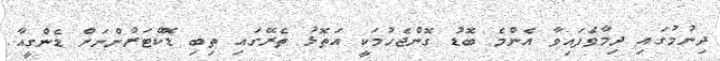
ދިނުމުގައި ދިމާވެފައިވާ އެންމެ ބޮޑު ގޮންޖެހުމަކީ އަތޮޅު ތެރޭގައި ތިބި ޑޮކްޓަރުންނަށް ޑެންގީއާ